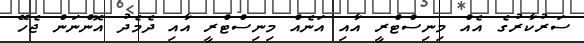
ސަރުކާރުގެ އެއް މިނިސްޓްރީ އާއި އަނެއް މިނިސްޓްރީ އާއި ދެމެދު އޮންނަން ޖެހޭ